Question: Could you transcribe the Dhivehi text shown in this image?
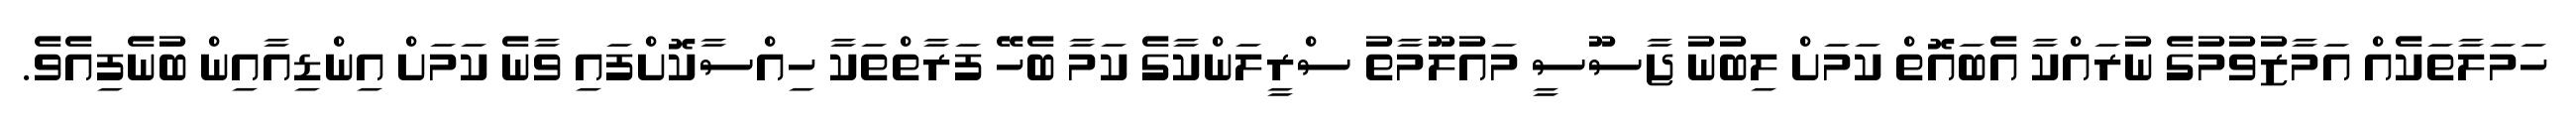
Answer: ހަމަލާތަކެއް އަމާޒުވުމުގެ ނުރައްކާ އެބައޮތް ކަމަށް ލިބުނު ޖާސޫސީ މައުލޫމާތު ސްރީލަންކާގެ ކަމާ ބެހޭ ފަރާތްތަކާ ހިއްސާކޮށްފައި ވާނެ ކަމަށް އިންޑިއާއިން ބުނެފިއެވެ.